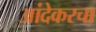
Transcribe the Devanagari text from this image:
आंदेकरचा